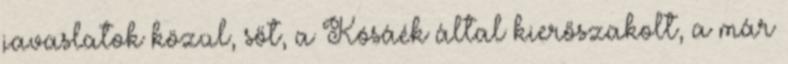
javaslatok közül, sőt, a Kósáék által kierőszakolt, a már